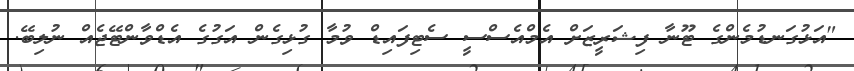
"އަޅުގަނޑުމެންގެ ޓޫނާ ފިޝަރީޒަށް އެމްއެސްސީ ސެޓިފައިޑް ވުމާ ގުޅިގެން އަގުގެ އެޑްވާންޓޭޖެއް ނުލިބޭ.